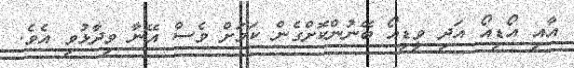
އާއި އޯޑިއޯ އަދި ވީޑިއޯ ބޭނުންކޮށްގެން ކަމަށް ވެސް އޭނާ ވިދާޅުވި އެވެ.